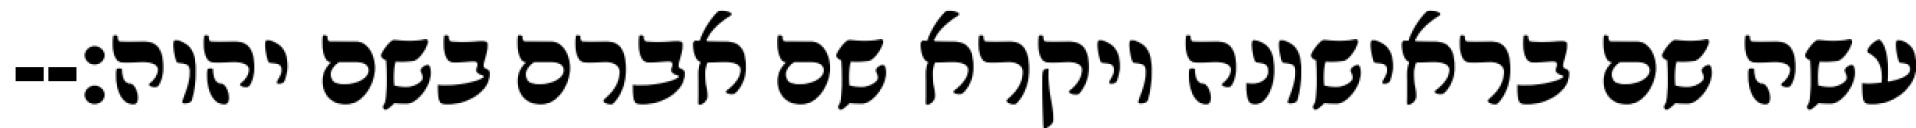
עשה שם בראישונה ויקרא שם אברם בשם יהוה׃--